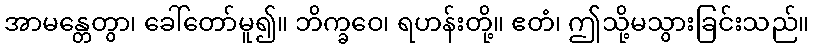
အာမန္တေတွာ၊ ခေါ်တော်မူ၍။ ဘိက္ခဝေ၊ ရဟန်းတို့။ ဧတံ၊ ဤသို့မသွားခြင်းသည်။